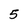
Character: 5